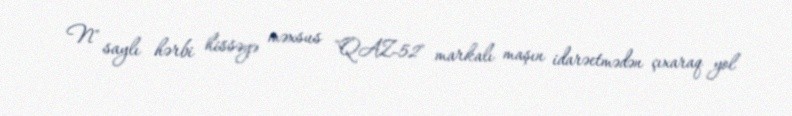
N" saylı hərbi hissəyə məxsus "QAZ-52" markalı maşın idarəetmədən çıxaraq yol